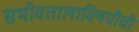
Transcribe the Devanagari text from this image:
सभोवतालाविषयीची